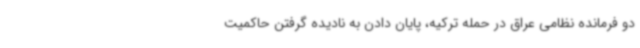
دو فرمانده نظامی عراق در حمله ترکیه، پایان دادن به نادیده گرفتن حاکمیت